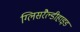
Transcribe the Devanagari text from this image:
ग्लिसरैल्डीहाइड